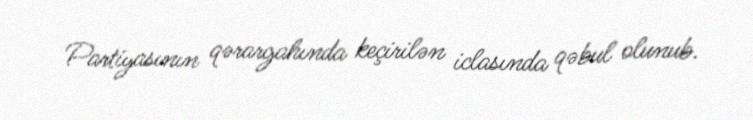
Partiyasının qərargahında keçirilən iclasında qəbul olunub.